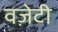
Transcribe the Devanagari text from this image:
वज़ेटी